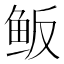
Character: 𱇖